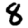
Digit: 8